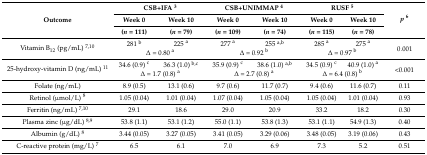
| <ROWSPAN=3> Outcome | <COLSPAN=2> CSB+IFA 3 | <COLSPAN=2> CSB+UNIMMAP 4 | <COLSPAN=2> RUSF 5 | <ROWSPAN=3> p6 |
 | Week 0 | Week 10 | Week 0 | Week 10 | Week 0 | Week 10 |
 | (n = 111) | (n = 79) | (n = 109) | (n = 74) | (n = 115) | (n = 78) |
 | --- | --- | --- | --- | --- | --- | --- | --- |
 | <ROWSPAN=2> Vitamin B12 (pg/mL) 7,10 | 281 b | 225 a | 277 a | 255 a,b | 285 a | 275 a | <ROWSPAN=2> 0.001 |
 | <COLSPAN=2> Δ = 0.80 a | <COLSPAN=2> Δ = 0.92 b | <COLSPAN=2> Δ = 0.97 b |
 | <ROWSPAN=2> 25-hydroxy-vitamin D (ng/mL) 11 | 34.6 (0.9) c | 36.3 (1.0) b,c | 35.9 (0.9) c | 38.6 (1.0) a,b | 34.5 (0.9) c | 40.9 (1.0) a | <ROWSPAN=2> <0.001 |
 | <COLSPAN=2> Δ = 1.7 (0.8) a | <COLSPAN=2> Δ = 2.7 (0.8) a | <COLSPAN=2> Δ = 6.4 (0.8) b |
 | Folate (ng/mL) | 8.9 (0.5) | 13.1 (0.6) | 9.7 (0.6) | 11.7 (0.7) | 9.4 (0.6) | 11.6 (0.7) | 0.11 |
 | Retinol (μmol/L) 8 | 1.05 (0.04) | 1.01 (0.04) | 1.07 (0.04) | 1.05 (0.04) | 1.05 (0.04) | 1.01 (0.04) | 0.93 |
 | Ferritin (ng/mL) 7,10 | 29.1 | 18.6 | 29.0 | 20.9 | 33.2 | 18.2 | 0.30 |
 | Plasma zinc (μg/dL) 8,9 | 53.8 (1.1) | 53.1 (1.2) | 55.0 (1.1) | 53.8 (1.3) | 53.1 (1.1) | 54.9 (1.3) | 0.40 |
 | Albumin (g/dL) 8 | 3.44 (0.05) | 3.27 (0.05) | 3.41 (0.05) | 3.29 (0.06) | 3.48 (0.05) | 3.19 (0.06) | 0.43 |
 | C-reactive protein (mg/L) 7 | 6.5 | 6.1 | 7.0 | 6.9 | 7.3 | 5.2 | 0.51 |